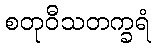
စတုဝီသတက္ခရံ